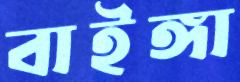
বাইঙ্গা